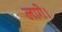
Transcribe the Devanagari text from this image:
लागे।